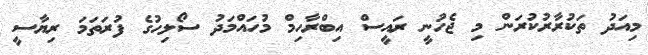
މިއަދު ތަކުރާރުކުރަން މި ޖެހުނީ ރައީސް އިބްރާހިމް މުހައްމަދު ސޯލިހުގެ ފުރަތަމަ ރިޔާސީ